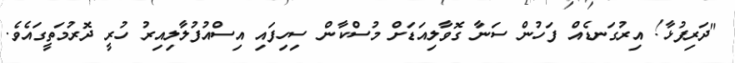
"ދަރިފުޅާ! އިރުގަނޑެއް ފަހުން ސަނާ ގޮވާލިއަޑަށް މުސްކާން ސިހިފައި އިސްއުފުލާލިއިރު ހުރީ ދޮރުމަތީގައެވެ.